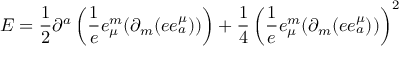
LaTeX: { \cal E } = \frac { 1 } { 2 } \partial ^ { a } \left( \frac { 1 } { e } e _ { \mu } ^ { m } ( \partial _ { m } ( e e _ { a } ^ { \mu } ) ) \right) + \frac { 1 } { 4 } \left( \frac { 1 } { e } e _ { \mu } ^ { m } ( \partial _ { m } ( e e _ { a } ^ { \mu } ) ) \right) ^ { 2 }